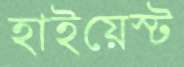
হাইয়েস্ট